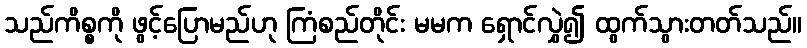
သည်ကိစ္စကို ဖွင့်ပြောမည်ဟု ကြံစည်တိုင်း မမက ရှောင်လွှဲ၍ ထွက်သွားတတ်သည်။